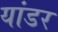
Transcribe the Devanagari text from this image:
यांडर